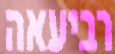
רביעאה